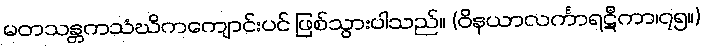
မတသန္တကသံဃိကကျောင်းပင် ဖြစ်သွားပါသည်။ (ဝိနယာလင်္ကာရဋီကာ၊၇၅။)